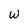
Character: w